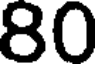
80